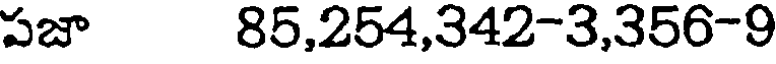
పజా 85,254,342-3,356-9